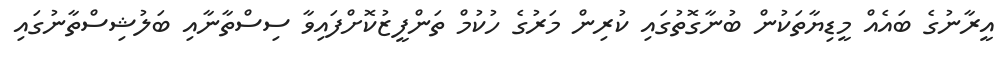
އީރާނުގެ ބައެއް މީޑިޔާތަކުން ބުނާގޮތުގައި ކުރިން މަރުގެ ހުކުމް ތަންފީޒުކޮށްފައިވާ ސިސްތާނާއި ބަލުޝިސްތާނުގައި